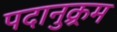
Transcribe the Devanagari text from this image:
पदानुक्र्रम